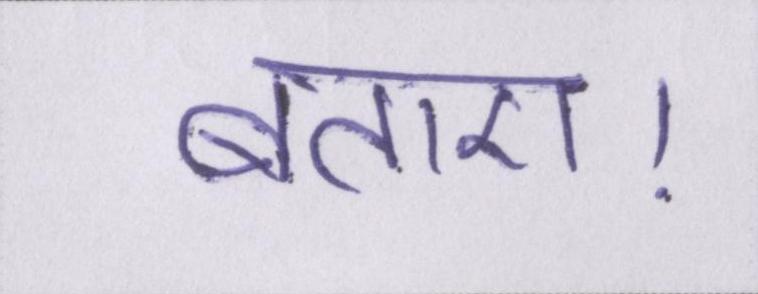
बताए।